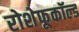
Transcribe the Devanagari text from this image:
रोशेफूकॉल्ड